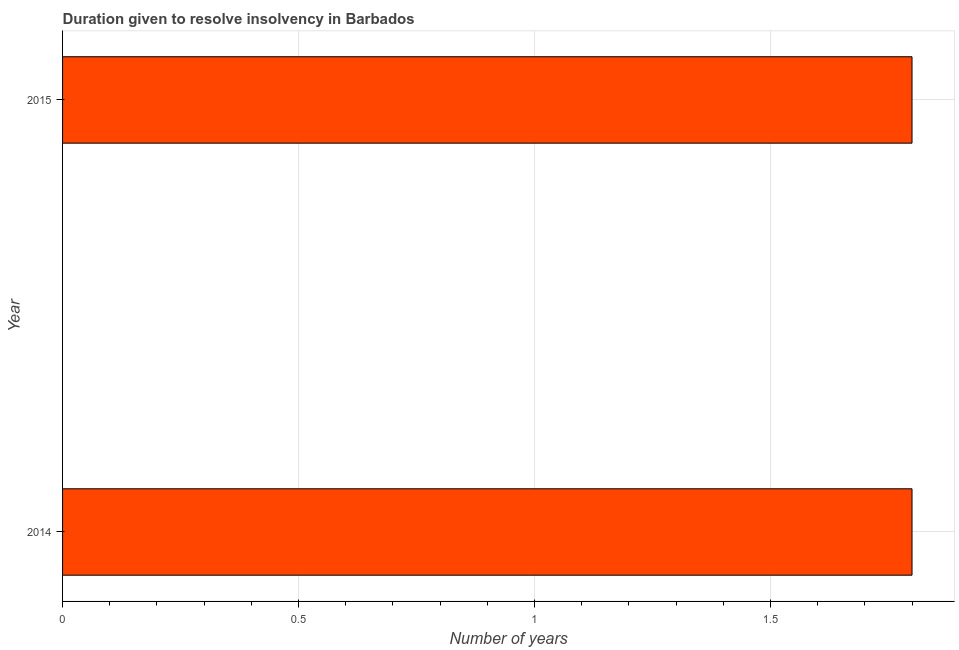
| Year | Resolve insolvency |
 | --- | --- |
 | 2014 | 1.8 |
 | 2015 | 1.8 |